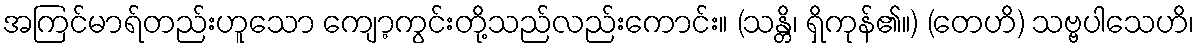
အကြင်မာရ်တည်းဟူသော ကျော့ကွင်းတို့သည်လည်းကောင်း။ (သန္တိ၊ ရှိကုန်၏။) (တေဟိ) သဗ္ဗပါသေဟိ၊